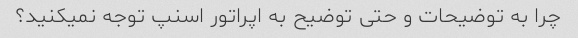
چرا به توضیحات و حتی توضیح به اپراتور اسنپ توجه نمیکنید؟